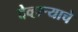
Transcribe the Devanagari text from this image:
देव्हाऱ्याचे